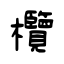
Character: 欖